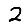
Digit: 2